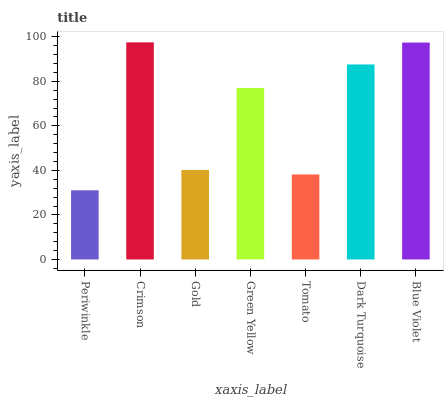
| xaxis_label | bars |
 | --- | --- |
 | Periwinkle | 31.1 |
 | Crimson | 97.5 |
 | Gold | 40.2 |
 | Green Yellow | 77 |
 | Tomato | 38.2 |
 | Dark Turquoise | 87.6 |
 | Blue Violet | 97.4 |